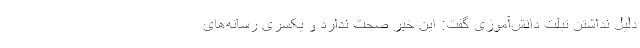
دلیل نداشتن تبلت دانش‌آموزی گفت: این خبر صحت ندارد و یکسری رسانه‌های